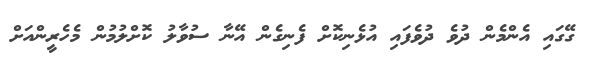
ގޭގައި އެންމެން ދުވެ ދުވެފައި އުޅެނިކޮށް ފެނިގެން އޭނާ ސުވާލު ކޮށްލުމުން މެހެރީންއަށް